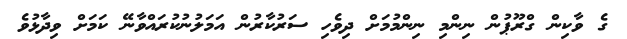
ގެ ވާކިން ގްރޫޕުން ނިންމި ނިންމުމަށް ދިވެހި ސަރުކާރުން އަމަލުނުކުރައްވާނޭ ކަމަށް ވިދާޅުވެ